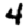
Digit: 4